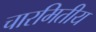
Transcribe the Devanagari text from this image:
चारमितीय